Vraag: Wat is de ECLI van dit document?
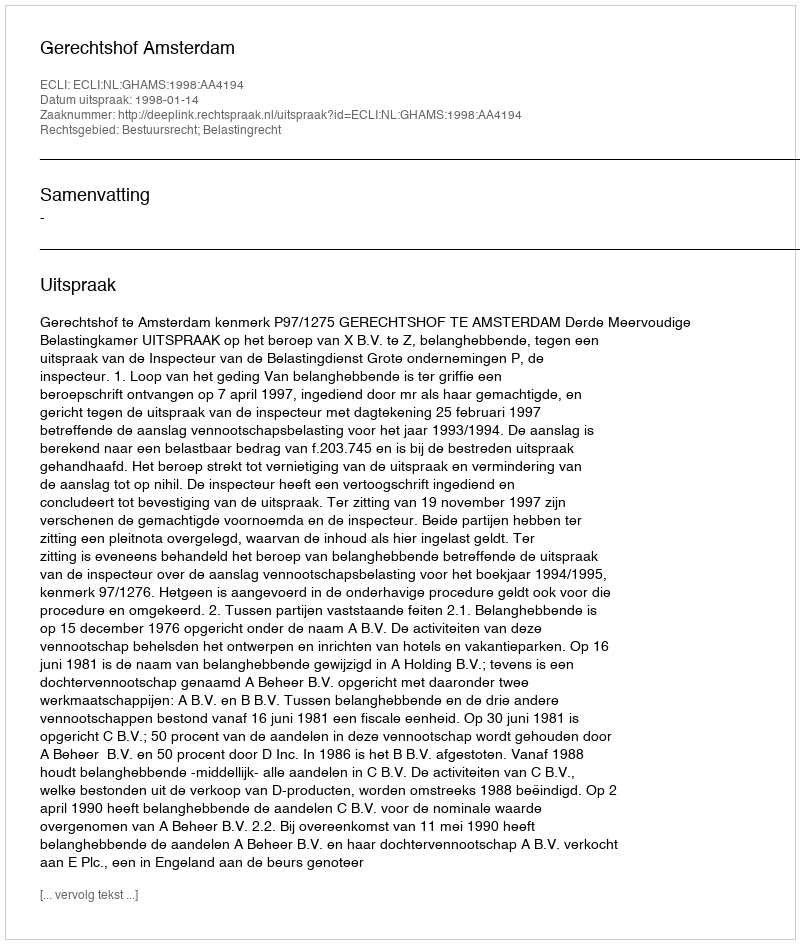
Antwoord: ECLI:NL:GHAMS:1998:AA4194